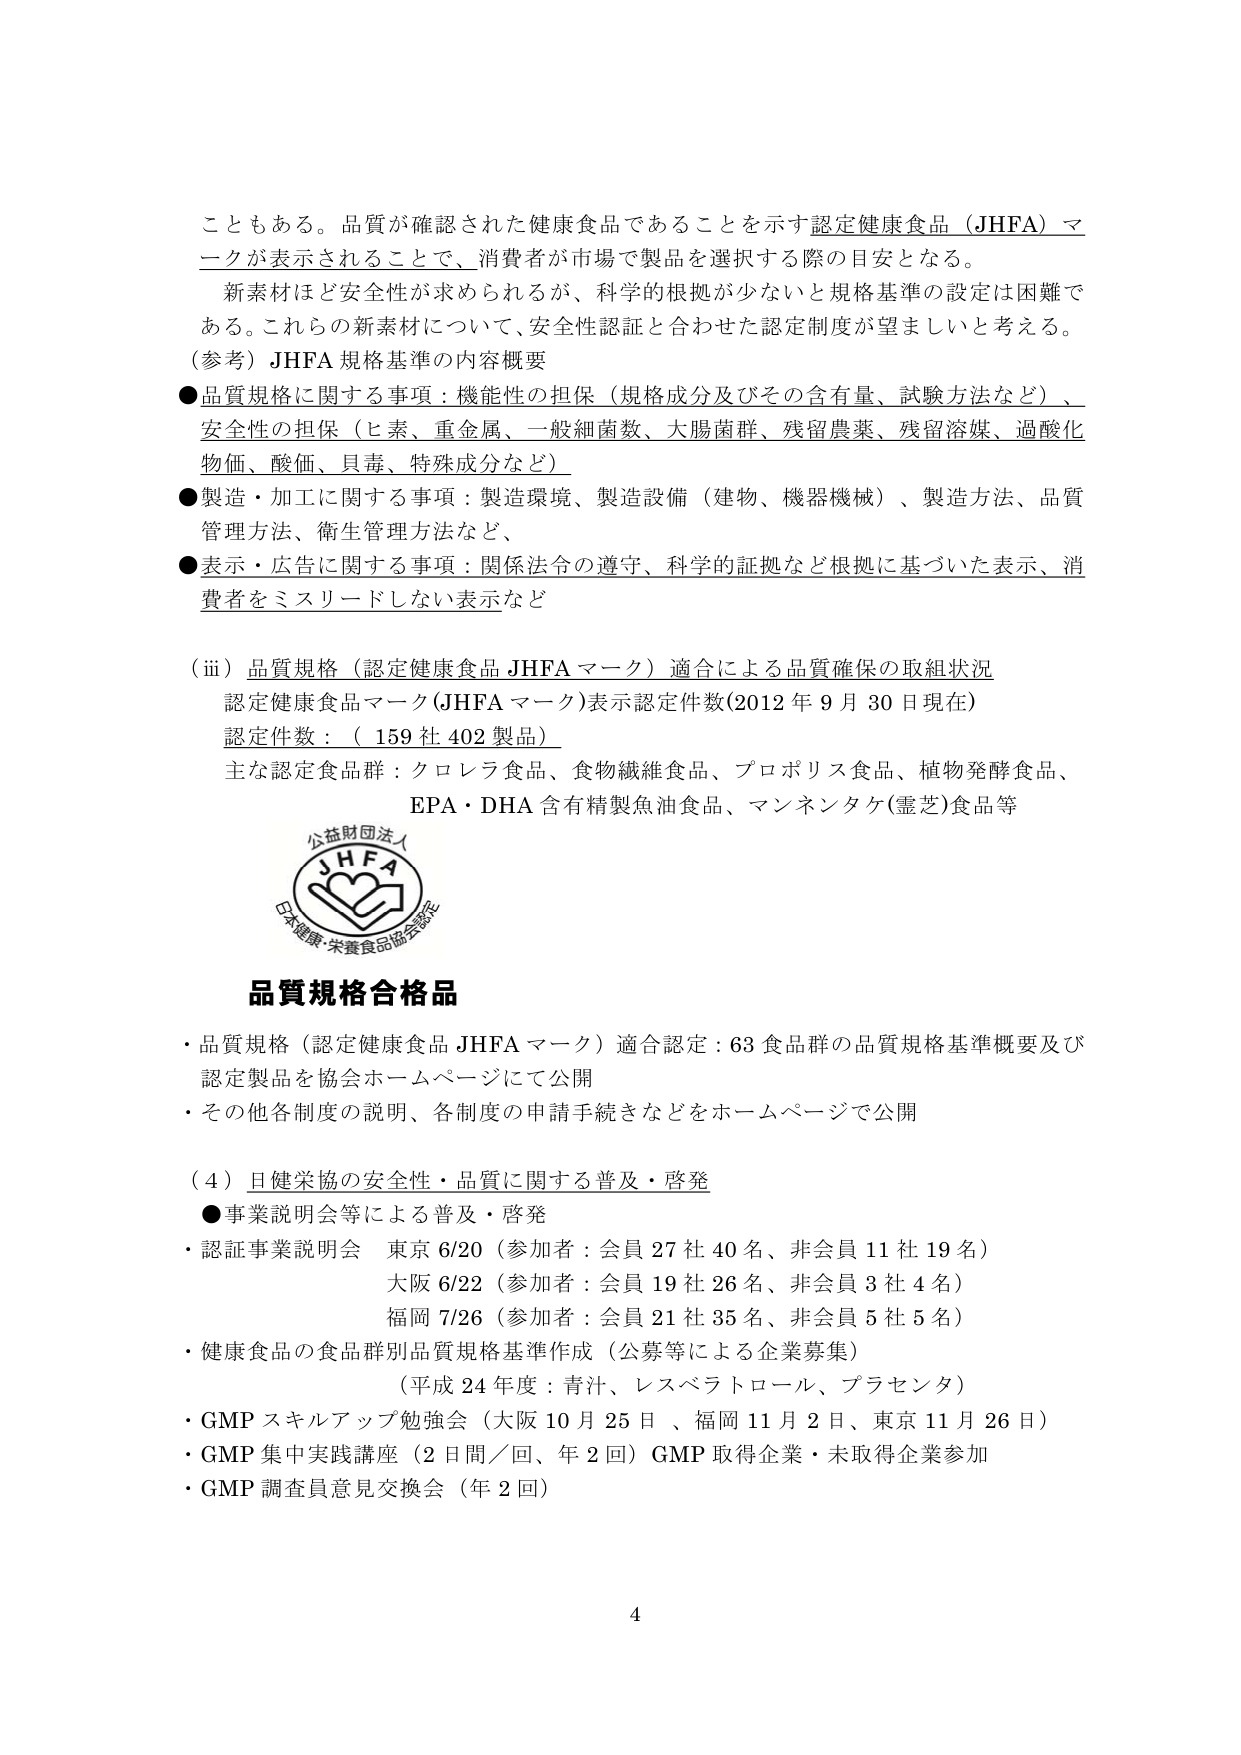
こともある。品質が確認された健康食品であることを示す認定健康食品（JHFA）マークが表示されることで、消費者が市場で製品を選択する際の目安となる。

新素材ほど安全性が求められるが、科学的根拠が少ないと規格基準の設定は困難である。これらの新素材について、安全性認証と合わせた認定制度が望ましいと考える。

（参考）JHFA 規格基準の内容概要

●品質規格に関する事項：機能性の担保（規格成分及びその含有量、試験方法など）、安全性の担保（ヒ素、重金属、一般細菌数、大腸菌群、残留農薬、残留溶媒、過酸化物価、酸価、貝毒、特殊成分など）

●製造・加工に関する事項：製造環境、製造設備（建物、機器機械）、製造方法、品質管理方法、衛生管理方法など、

●表示・広告に関する事項：関係法令の遵守、科学的証拠など根拠に基づいた表示、消費者をミスリードしない表示など

（ⅲ）品質規格（認定健康食品 JHFA マーク）適合による品質確保の取組状況
認定健康食品マーク（JHFA マーク）表示認定件数（2012 年 9 月 30 日現在）
認定件数：（159 社 402 製品）
主な認定食品群：クロレラ食品、食物繊維食品、プロポリス食品、植物発酵食品、EPA・DHA 含有精製魚油食品、マンネンタケ（霊芝）食品等

公益財団法人
JHFA
日本健康・栄養食品協会認定

品質規格合格品
・品質規格（認定健康食品 JHFA マーク）適合認定：63 食品群の品質規格基準概要及び認定製品を協会ホームページにて公開
・その他各制度の説明、各制度の申請手続きなどをホームページで公開

（4）日健栄協の安全性・品質に関する普及・啓発
●事業説明会等による普及・啓発
・認証事業説明会　東京 6/20（参加者：会員 27 社 40 名、非会員 11 社 19 名）
　　大阪 6/22（参加者：会員 19 社 26 名、非会員 3 社 4 名）
　　福岡 7/26（参加者：会員 21 社 35 名、非会員 5 社 5 名）
・健康食品の食品群別品質規格基準作成（公募等による企業募集）
　　（平成 24 年度：青汁、レスベラトロール、プラセンタ）
・GMP スキルアップ勉強会（大阪 10 月 25 日、福岡 11 月 2 日、東京 11 月 26 日）
・GMP 集中実践講座（2 日間／回、年 2 回）GMP 取得企業・未取得企業参加
・GMP 調査員意見交換会（年 2 回）

4